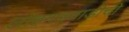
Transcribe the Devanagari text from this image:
लोहगडवाडीची